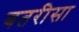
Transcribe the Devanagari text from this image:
बतरीसा